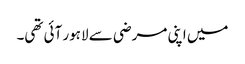
میں اپنی مرضی سے لاہور آئی تھی۔